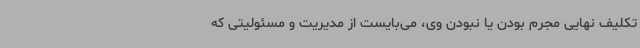
تکلیف نهایی مجرم بودن یا نبودن وی، می‌بایست از مدیریت و مسئولیتی که